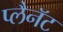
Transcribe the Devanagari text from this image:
प्लैनॅट